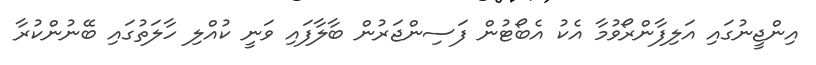
އިންޖީނުގައި އަލިފާންރޯވުމާ އެކު އެބޯޓުން ފަސިންޖަރުން ބާލާފައި ވަނީ ކުއްލި ހާލަތުގައި ބޭނުންކުރާ